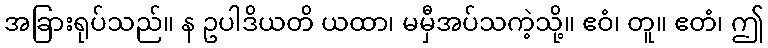
အခြားရုပ်သည်။ န ဥပါဒိယတိ ယထာ၊ မမှီအပ်သကဲ့သို့။ ဧဝံ၊ တူ။ ဧတံ၊ ဤ